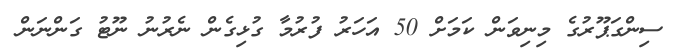
ސިންގަޕޫރުގެ މިނިވަން ކަމަށް 50 އަހަރު ފުރުމާ ގުޅިގެން ނެރުނު ނޫޓު ގަންނަން